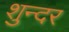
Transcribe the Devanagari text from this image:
शुन्दर